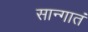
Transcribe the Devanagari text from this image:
सान्गातं